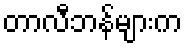
တာလီဘန်များက